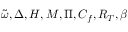
\widetilde { \omega } , \Delta , H , M , \Pi , C _ { f } , R _ { T } , \beta